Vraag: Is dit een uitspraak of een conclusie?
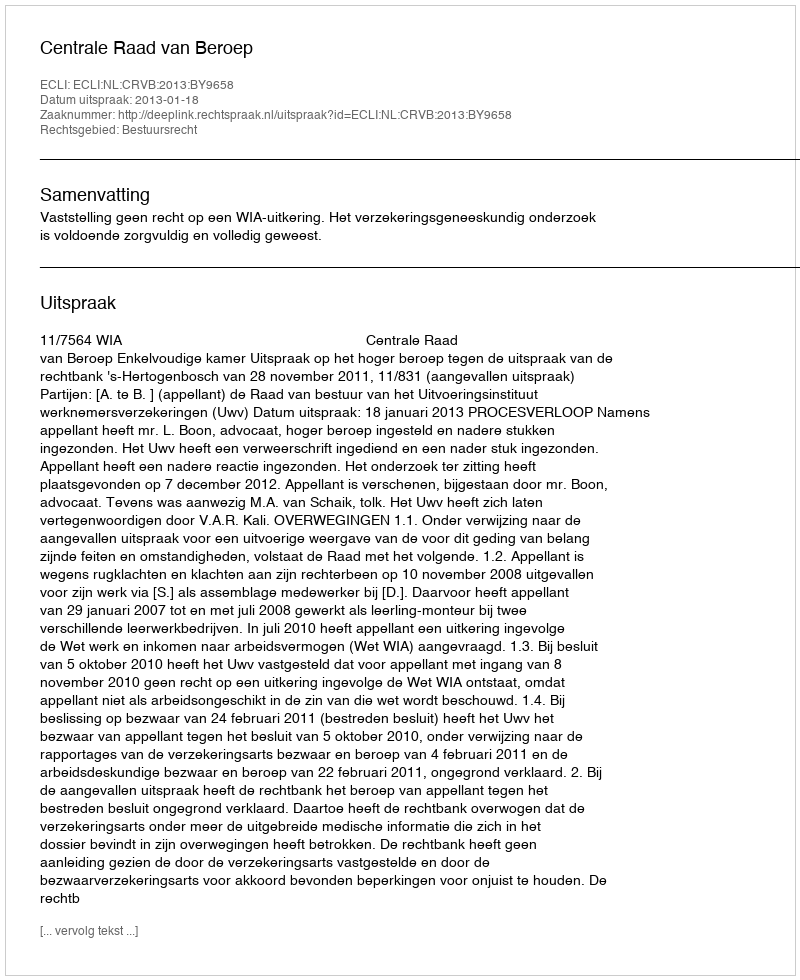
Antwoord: Uitspraak